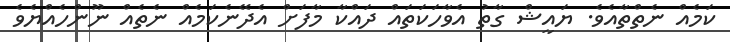
ކަމެއް ނެތްތާއެވެ. ޔައީޝް ގާތު އެވާހަކަތައް ދައްކާ މާފަށް އެދޭނެކަމެއް ނެތެއް ނޫންހެއްޔެވެ